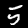
Digit: 5